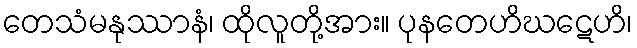
တေသံမနုဿာနံ၊ ထိုလူတို့အား။ ပုနတေဟိဃဋေဟိ၊